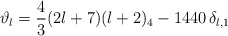
\begin{align*}\vartheta_l = \frac{4}{3} (2l+7)(l+2)_4 - 1440 \, \delta_{l,1}\end{align*}